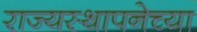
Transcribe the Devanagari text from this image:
राज्‍यस्‍थापनेच्या